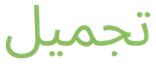
تجمیل